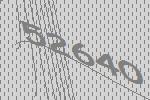
52640